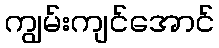
ကျွမ်းကျင်အောင်